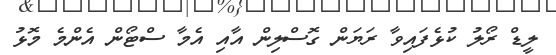
ލީޑް ރޯލު ކުޅެފައިވާ ރަޔަން ގޮސްލިން އާއި އެމާ ސްޓޯން އެންމެ މޮޅު